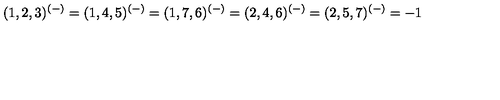
( 1 , 2 , 3 ) ^ { ( - ) } = ( 1 , 4 , 5 ) ^ { ( - ) } = ( 1 , 7 , 6 ) ^ { ( - ) } = ( 2 , 4 , 6 ) ^ { ( - ) } = ( 2 , 5 , 7 ) ^ { ( - ) } = - 1